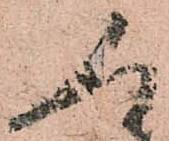
人